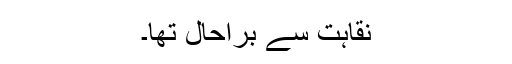
نقاہت سے براحال تھا۔